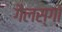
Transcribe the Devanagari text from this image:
गैलस्गो